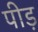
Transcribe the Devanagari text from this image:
पीड़